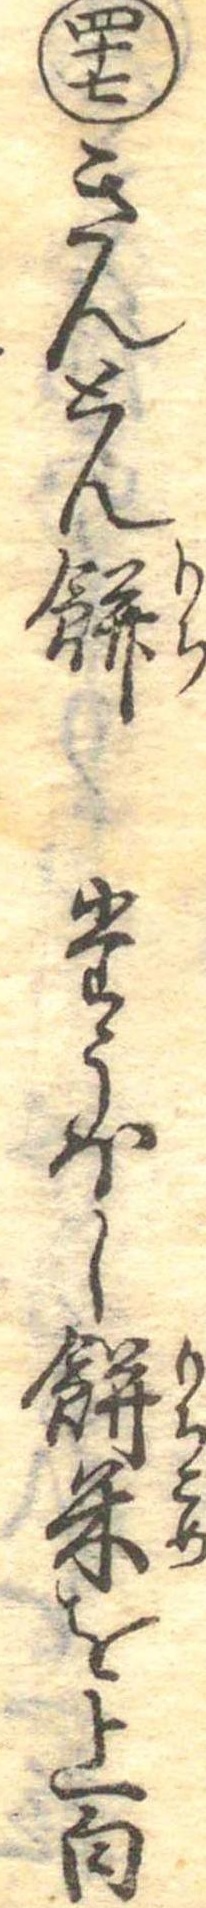
四十七きんとん餅たうほし餅米を上白